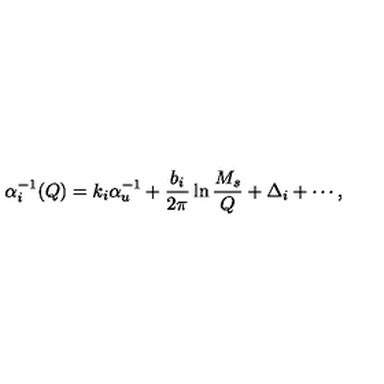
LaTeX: \alpha _ { i } ^ { - 1 } ( Q ) = k _ { i } \alpha _ { u } ^ { - 1 } + \frac { b _ { i } } { 2 \pi } \ln \frac { M _ { s } } { Q } + \Delta _ { i } + \cdots ,